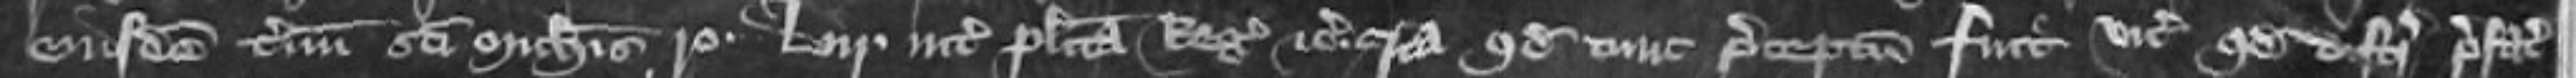
eiusdem termini Sancti Michaelis rotulo Liii inter placitam Regis etc ita quod tunc preceptum fuit vicecomiti quod distringat prefatum